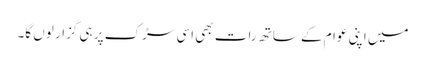
میں اپنی عوام کے ساتھ رات بھی اسی سڑک پر ہی گزار لوں گا۔